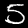
Digit: 5